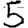
Digit: 5